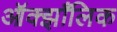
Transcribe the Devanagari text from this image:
ऑक्झाँलिक